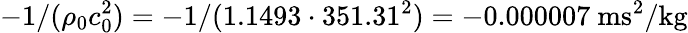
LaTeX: -1/(\rho_{0}c_{0}^{2})=-1/(1.1493\cdot 351.31^{2})=-0.000007~\mathrm{ms^{2}/kg}